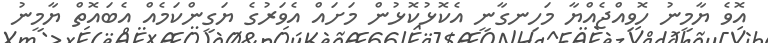
އޮވެ ޔާމީނު ހޮވިއްޖެއްޔާ މަހިނގާނީ އެކޮޅުކޮޅުން މަށައް އެވަރުގެ ޔަގީންކަމެއް އެބައޮތް ޔާމީނު